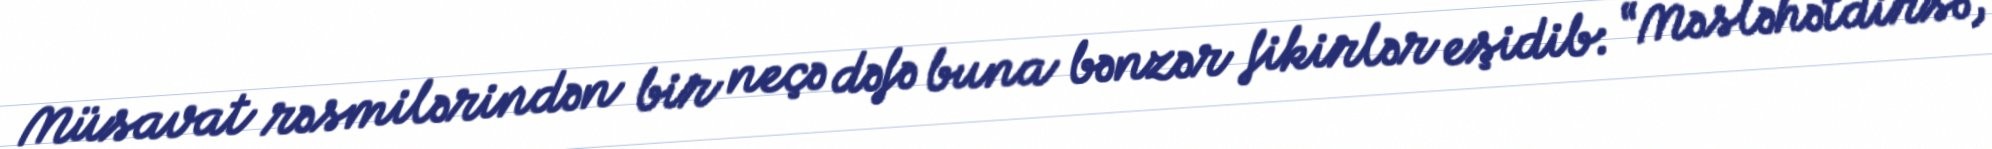
Müsavat rəsmilərindən bir neçə dəfə buna bənzər fikirlər eşidib: “Məsləhətdirsə,